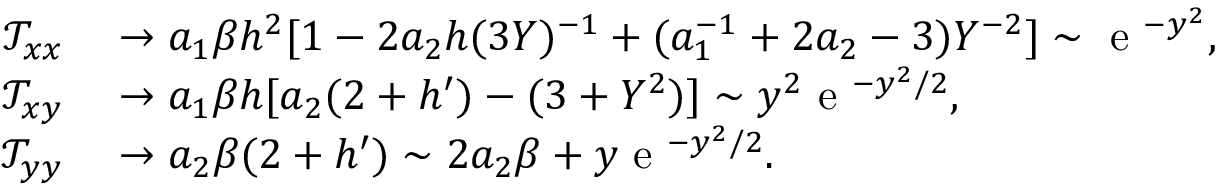
\begin{array} { r l } { \mathcal { T } _ { x x } } & { { } \to a _ { 1 } \beta h ^ { 2 } [ 1 - 2 a _ { 2 } h ( 3 Y ) ^ { - 1 } + ( a _ { 1 } ^ { - 1 } + 2 a _ { 2 } - 3 ) Y ^ { - 2 } ] \sim \textrm { e } ^ { - y ^ { 2 } } , } \\ { \mathcal { T } _ { x y } } & { { } \to a _ { 1 } \beta h [ a _ { 2 } ( 2 + h ^ { \prime } ) - ( 3 + Y ^ { 2 } ) ] \sim y ^ { 2 } \textrm { e } ^ { - y ^ { 2 } / 2 } , } \\ { \mathcal { T } _ { y y } } & { { } \to a _ { 2 } \beta ( 2 + h ^ { \prime } ) \sim 2 a _ { 2 } \beta + y \textrm { e } ^ { - y ^ { 2 } / 2 } . } \end{array}